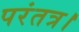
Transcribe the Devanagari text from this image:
परंतत्र।